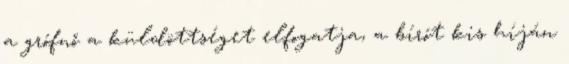
a grófnő a küldöttséget elfogatja, a bírót kis híján